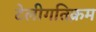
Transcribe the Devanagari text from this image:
टेलीगतिक्रम